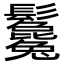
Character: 𩰃